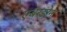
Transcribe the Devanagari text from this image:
एबरडोन